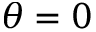
\theta = 0